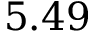
5 . 4 9